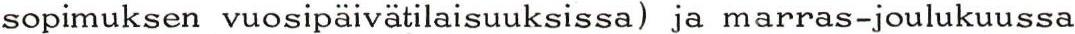
sopimuksen vuosipäivätilaisuuksissa) ja marras-joulukuussa